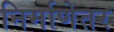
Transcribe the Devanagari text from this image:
निर्माणेतर